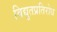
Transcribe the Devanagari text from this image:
विद्युतप्रतिरोध